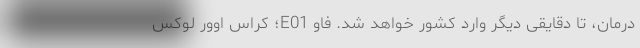
درمان، تا دقایقی دیگر وارد کشور خواهد شد. فاو E01؛ کراس اوور لوکس